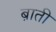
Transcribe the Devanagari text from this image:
ब़ाती